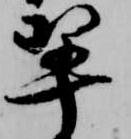
翠